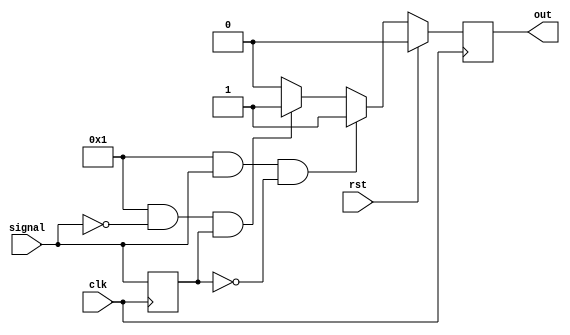
module edge_detector #(parameter FALL = 1,
					   parameter RISE = 1
					   )(input clk,
						 input rst,
						 input signal,
						 output reg out);

   reg 								prev_signal;

   always @(posedge clk) begin
	  if (rst) begin
		 out <= 0;
	  end else if (RISE && signal && !prev_signal) begin
		 out <= 1;
	  end else if (FALL && !signal && prev_signal) begin
		 out <= 1;
	  end else begin
		 out <= 0;
	  end
	  prev_signal <= signal;
   end

endmodule